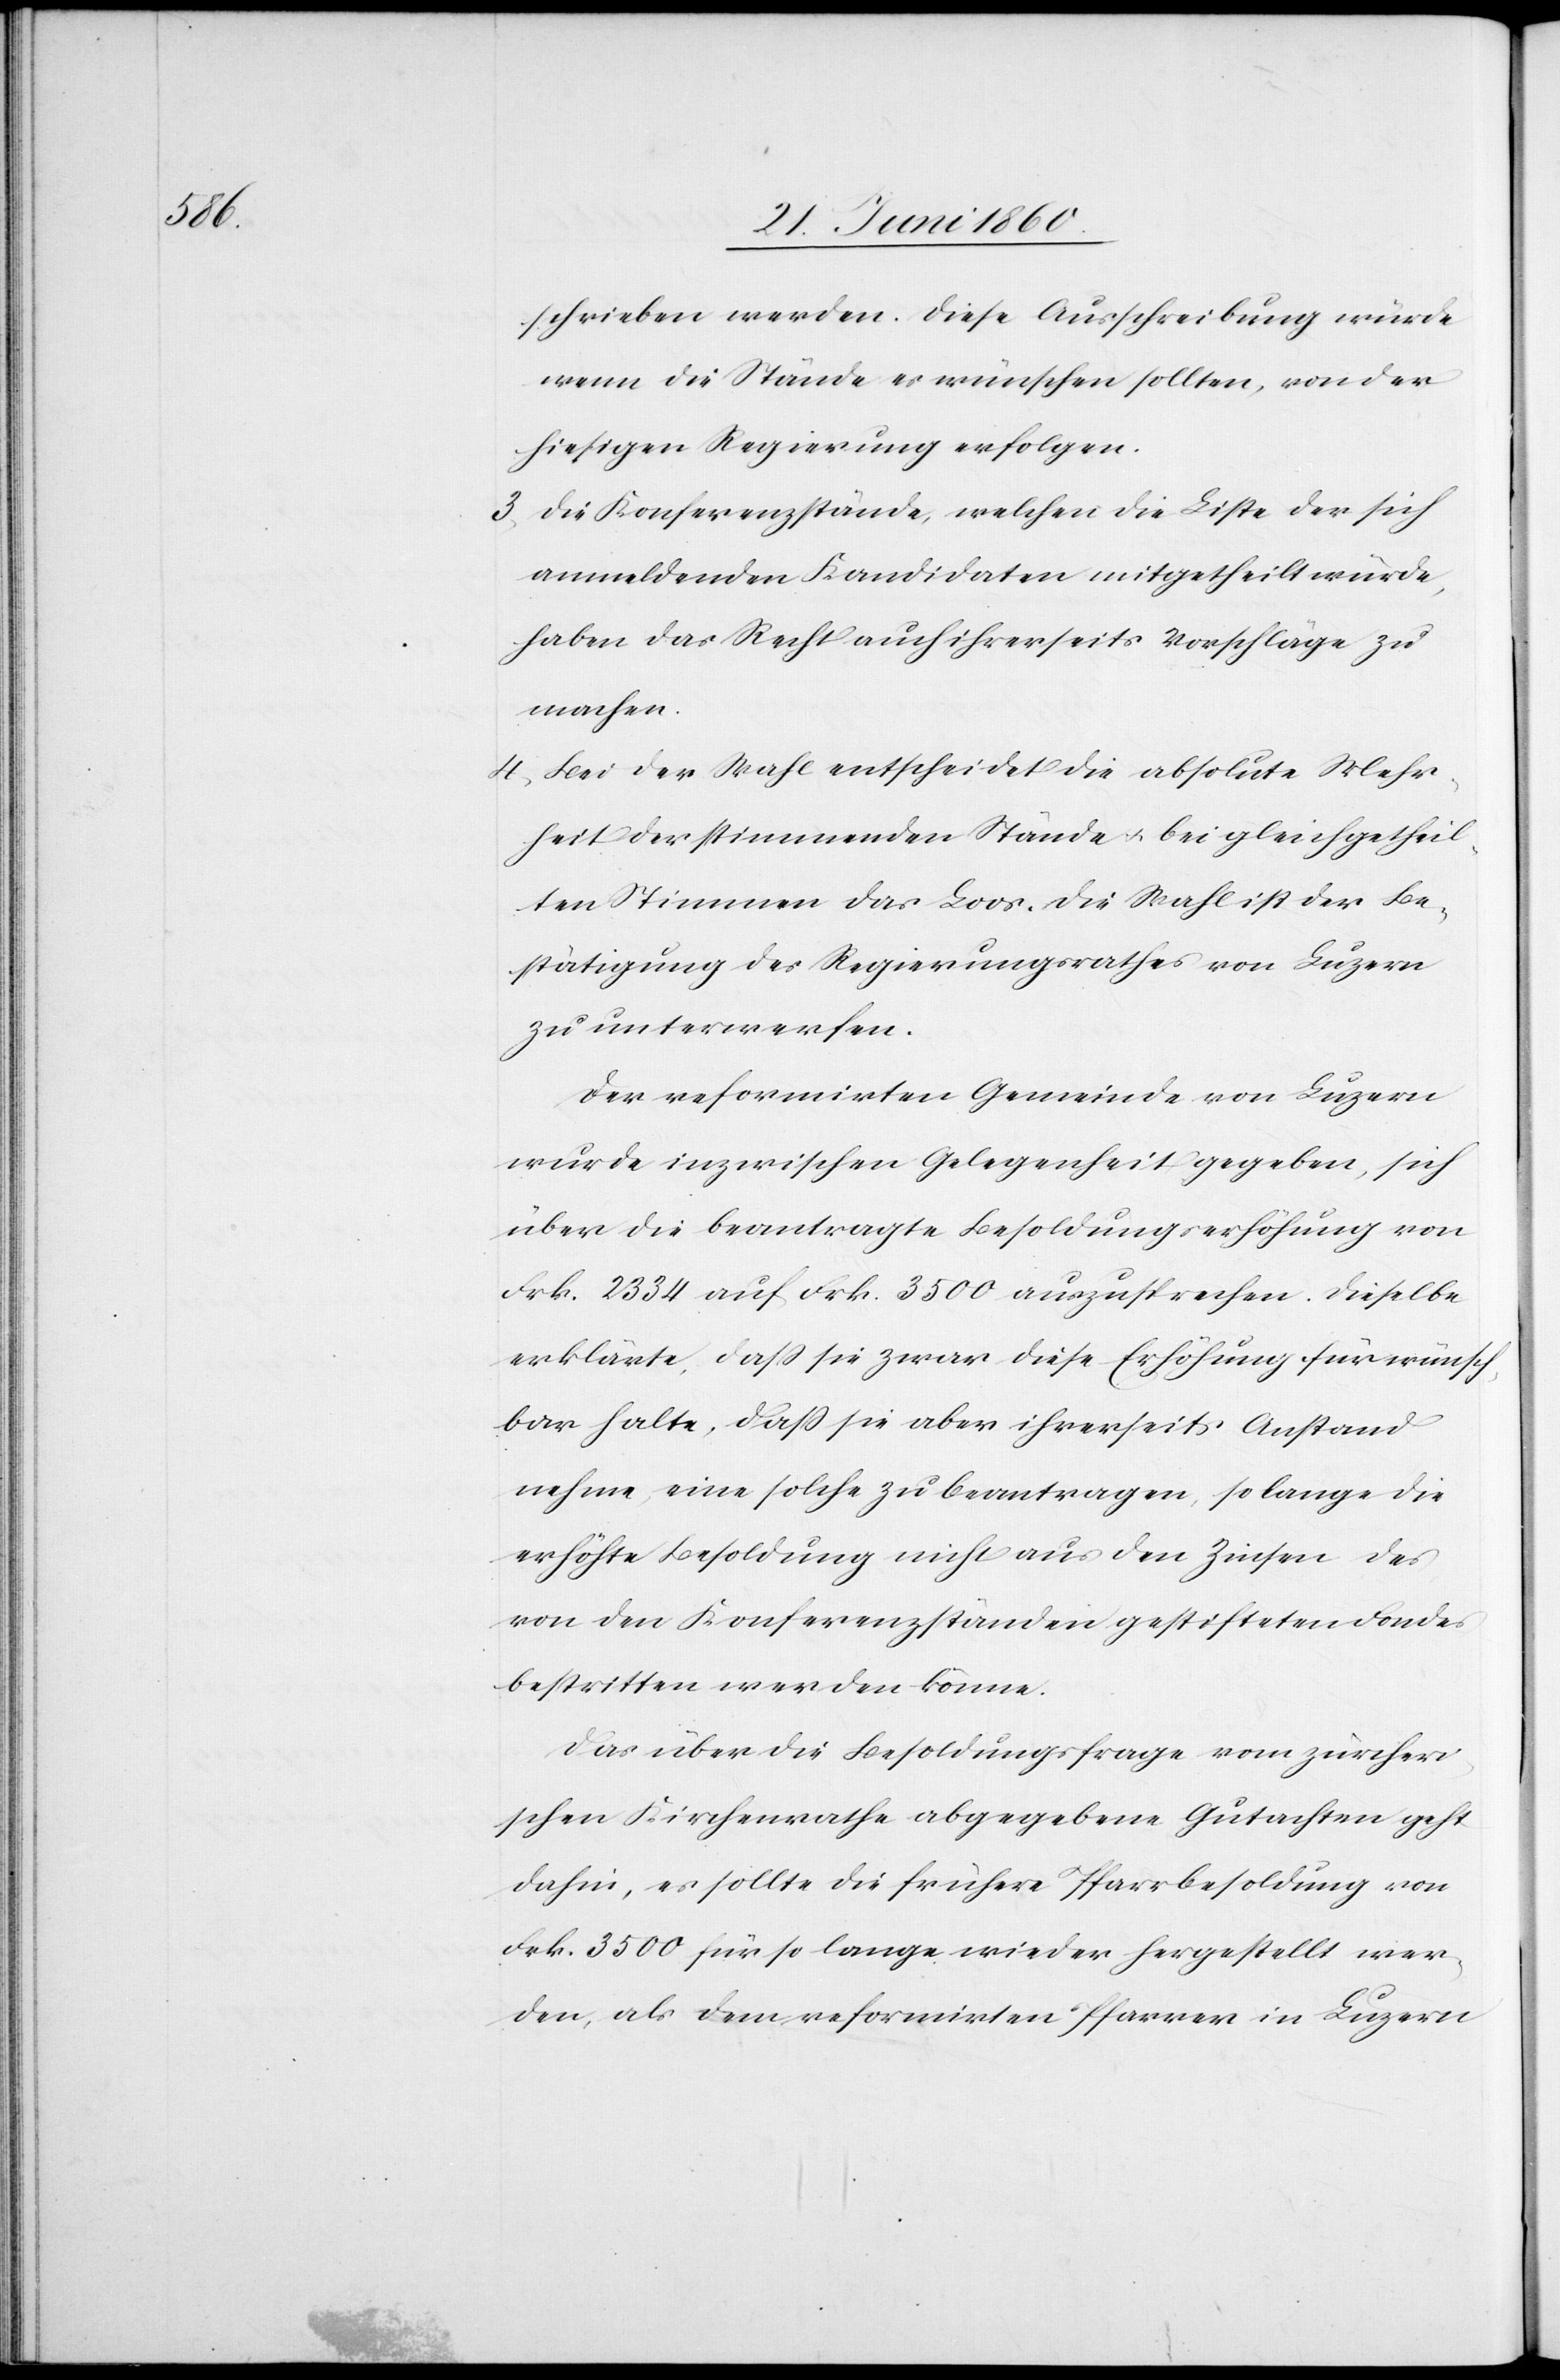
schrieben werden. Diese Ausschreibung würde
wenn die Stände es wünschen sollten, von der
hiesigen Regierung erfolgen.
2. Die Konferenzstände, welchen die Liste der sich
anmeldenden Kandidaten mitgetheilt würde,
haben das Recht auch ihrerseits Vorschläge zu
machen.
4. Bei der Wahl entscheidet die absolute Mehr¬
heit der stimmenden Stände u. bei gleichgetheil¬
ten Stimmen das Loos. Die Wahl ist der Be¬
stätigung des Regierungsrathes von Luzern
zu unterwerfen.
Der reformirten Gemeinde von Luzern
wurde inzwischen Gelegenheit gegeben, sich
über die beantragte Besoldungserhöhung von
Frk. 2334 auf Frk. 3500 auszusprechen. Dieselbe
erklärte, dass sie zwar diese Erhöhung für wünsch¬
bar halte, dass sie aber ihrerseits Anstand
nehme, eine solche zu beantragen, so lange die
erhöhte Besoldung nicht aus den Zinsen des
von den Konferenzständen gestifteten Fondes
bestritten werden könne.
Das über die Besoldungsfrage vom zürcheri¬
schen Kirchenrathe abgegebene Gutachten geht
dahin, es sollte die frühere Pfarrbesoldung von
Frk. 3500 für so lange wieder hergestellt wer¬
den, als dem reformirten Pfarrer in Luzern